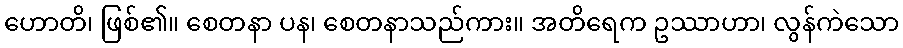
ဟောတိ၊ ဖြစ်၏။ စေတနာ ပန၊ စေတနာသည်ကား။ အတိရေက ဥဿာဟာ၊ လွန်ကဲသော